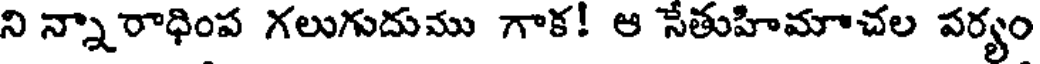
ని న్నారాధింప గలుగుదుము గాక! ఆ సేతుహిమాచల పర్యం